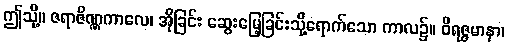
ဤသို့။ ဇရာဇိဏ္ဏကာလေ၊ အိုခြင်း ဆွေးမြေ့ခြင်းသို့ရောက်သော ကာလ၌။ ဝိရဇ္ဇမာနာ၊